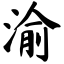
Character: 渝